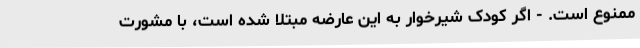
ممنوع است. - اگر کودک شیرخوار به این عارضه مبتلا شده است، با مشورت